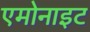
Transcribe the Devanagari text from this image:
एमोनाइट